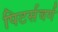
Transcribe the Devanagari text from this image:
पिटर्सवर्ग